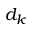
d _ { k }